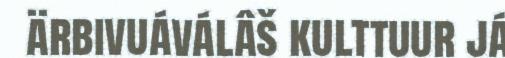
ärbivuáválâš kulttuur já